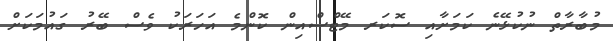
މުބާރާތް ނުކުޅޭނެ ކަމަށާއި ސޮކަރ މޭޓްސްއިން ކޮންމެ އަހަރަކު ވެސް ބޭރު ގައުމަކަށް